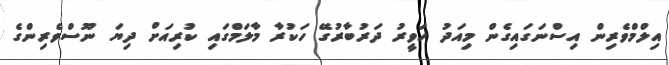
އިލްމްވެރިން އިސްނަގައިގެން މިއަދު ހަވީރު ދަރުބާރުގޭ ހަކުރާ މާލަމްގައި ކުރިއަށް ދިޔަ ނޫސްވެރިންގެ